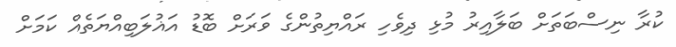
ކުރާ ނިސްބަތަށް ބަލާއިރު މުޅި ދިވެހި ރައްޔިތުންގެ ވަރަށް ބޮޑު އަޣުލަބިއްޔަތެއް ކަމަށް